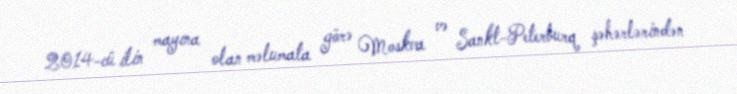
2014-cü ilin mayına olan məlumata görə Moskva və Sankt-Peterburq şəhərlərindən